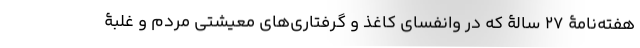
هفته‌نامۀ 27 سالۀ که در وانفسای کاغذ و گرفتاری‌های معیشتی مردم و غلبۀ